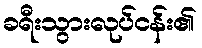
ခရီးသွားလုပ်ငန်း၏